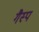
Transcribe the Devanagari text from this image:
गैस्प